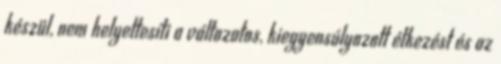
készül, nem helyettesíti a változatos, kiegyensúlyozott étkezést és az